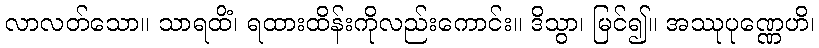
လာလတ်သော။ သာရထိံ၊ ရထားထိန်းကိုလည်းကောင်း။ ဒိသွာ၊ မြင်၍။ အဿုပုဏ္ဏေဟိ၊